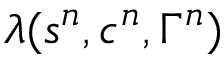
\ensuremath { \lambda } ( s ^ { n } , c ^ { n } , \Gamma ^ { n } )